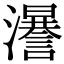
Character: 𤃵